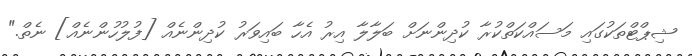
ޝިޕްޓްތަކުގައި މަސައްކަތްކުރާ ކުދިންނަށް ބަލާލާ އިރު އެހާ ބައިވަރު ކުދިންނެއް [ފުލުހުންނެއް] ނެތް."